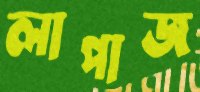
লাপাজ